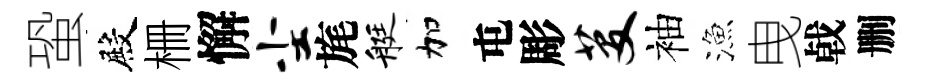
蛩殿栅懈尘旄艇加屯彫芟袖漁曳㦸删